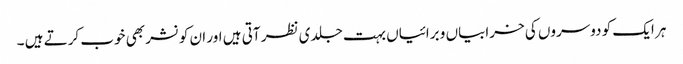
ہر ایک کو دوسروں کی خرابیاں و برائیاں بہت جلدی نظر آتی ہیں اور ان کو نشر بھی خوب کرتے ہیں ۔